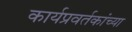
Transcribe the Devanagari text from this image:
कार्यप्रवर्तकांच्या